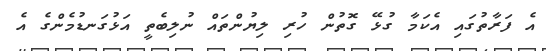
އެ ފަރާތުގައި އެކަމާ ގުޅޭ ގޮތުން ހުރި ލިޔުންތައް ނުލިބެތީ އަޅުގަނޑުމެންގެ އެ